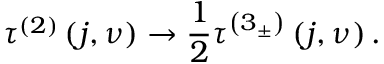
\tau ^ { \left( 2 \right) } \left( j , \nu \right) \rightarrow \frac { 1 } { 2 } \tau ^ { \left( 3 _ { \pm } \right) } \left( j , \nu \right) .